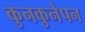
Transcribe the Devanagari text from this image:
कुनकुनेपन